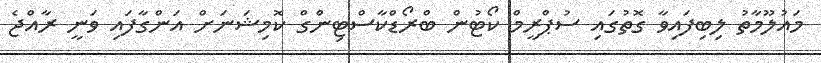
މައުލޫމާތު ލިބިފައިވާ ގޮތުގައި ސުޕްރީމް ކޯޓުން ބްރޯޑްކާސްޓިންގް ކޮމިޝަނަށް އަންގާފައި ވަނީ ރާއްޖެ